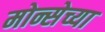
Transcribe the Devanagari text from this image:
मोन्सेच्या